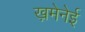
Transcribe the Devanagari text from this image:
ख़मेनेई